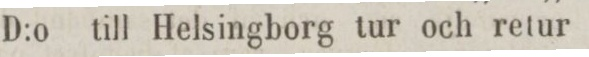
D:o till Helsingborg tur och retur